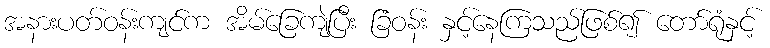
အနားပတ်ဝန်းကျင်က အိမ်ခြေကျဲပြီး ခြံဝန်း နှင့်နေကြသည်ဖြစ်၍ တော်ရုံနှင့်